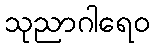
သုညာဂါရေဝ